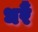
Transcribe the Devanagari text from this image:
धरैं